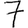
Digit: 7